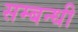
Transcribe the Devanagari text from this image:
सम्‍बन्‍धी